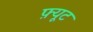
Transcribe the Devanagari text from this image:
फ़्यूट